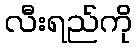
လီးရည်ကို